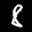
Label: 8